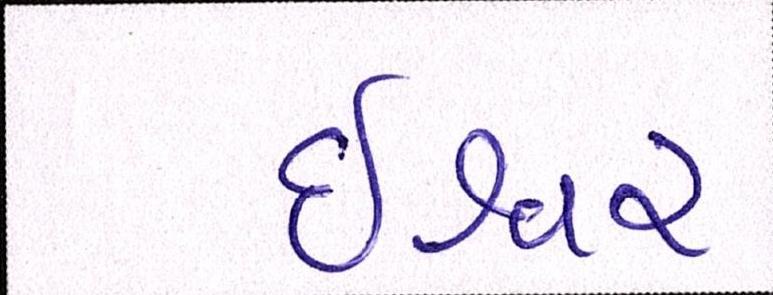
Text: ઈશ્વર